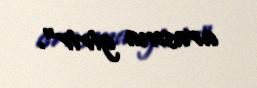
arasına girir”.